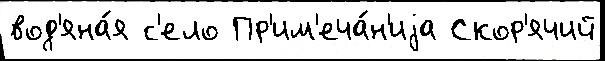
вод'яна́я с'ело Пр'им'еча́н'иjа Скор'ячий